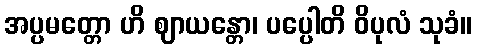
အပ္ပမတ္တော ဟိ ဈာယန္တော၊ ပပ္ပေါတိ ဝိပုလံ သုခံ။